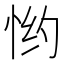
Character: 𱞔